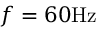
f = 6 0 \mathrm { { H z } }